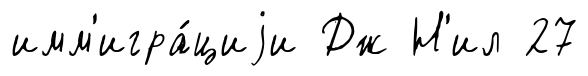
имм'игра́циjи Дж Н'ил 27